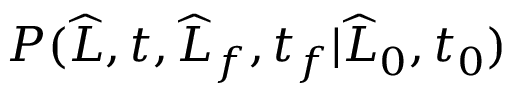
P ( \widehat { L } , t , \widehat { L } _ { f } , t _ { f } | \widehat { L } _ { 0 } , t _ { 0 } )